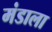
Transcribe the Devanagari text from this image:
मंडाला